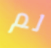
لم